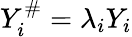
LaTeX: Y_{i}^{\# }=\lambda_{i}Y_{i}